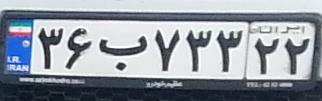
۳۶ب۷۳۳۲۲